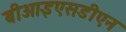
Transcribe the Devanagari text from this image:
बीआइएसडीएन